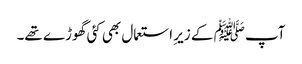
آپ ﷺ کے زیرِ استعمال بھی کئی گھوڑے تھے۔